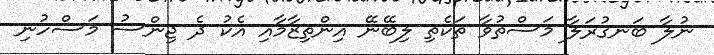
ނުލާ ބަނގުރަލާ މަސްތުވާ ތަކެތި ލިބޭނޭ އިންތިޒާމާއި އެކު ދެ ޖިންސު މަސްހުނި